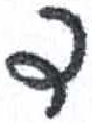
אות: ד